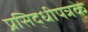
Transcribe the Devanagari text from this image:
प्रसिद्धीपत्रके